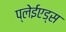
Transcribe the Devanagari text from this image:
प्लेईएड्स